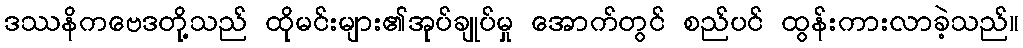
ဒဿနိကဗေဒတို့သည် ထိုမင်းများ၏အုပ်ချုပ်မှု အောက်တွင် စည်ပင် ထွန်းကားလာခဲ့သည်။